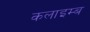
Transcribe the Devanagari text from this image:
कलाइम्ब